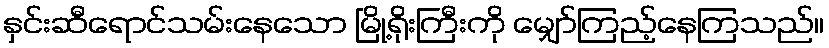
နှင်းဆီရောင်သမ်းနေသော မြို့ရိုးကြီးကို မျှော်ကြည့်နေကြသည်။